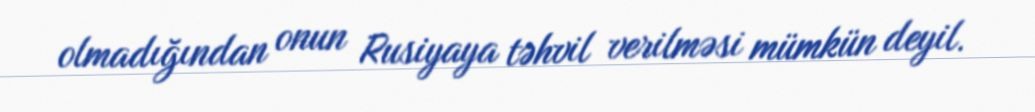
olmadığından onun Rusiyaya təhvil verilməsi mümkün deyil.